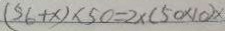
( 5 6 + x ) \times 5 0 = 2 \times ( 5 0 \times 1 0 ) \times